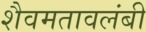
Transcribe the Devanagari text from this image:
शैवमतावलंबी